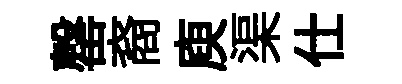
罄裔庾渠仕